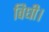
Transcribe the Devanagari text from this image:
विधी।